Newspaper: Shenandoah herald. [volume]
Place of publication: Woodstock, Va.
Publisher: Gatewood & Trout
Date: 1885-11-06 00:00:00
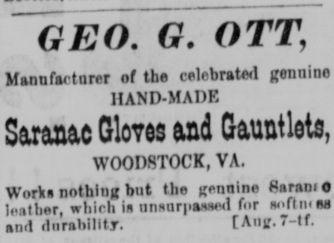
Advertisement text (OCR):
G. OTT of the celebrated llANP-MAliK. Gloves -and Gauntlets, WOODSTOCK, VA. nothing but the germine Harani leather, which is unsurpassed for diirahililT. 1 Aug. T If.
Label: text-only